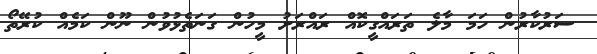
ސަރުކާރުން ހަމަ މާލެ ތަރައްގީކޮއް ރައްރަށު މީހުން ގަނަތެޅުވުން ނޫން ކަމެއް ކުރޭތޯ